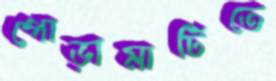
পোড়ামাটিতে